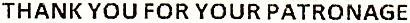
THANK YOU FOR YOUR PATRONAGE